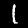
Label: 1